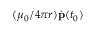
( \mu _ { 0 } / 4 \pi r ) \dot { \mathbf p } ( t _ { 0 } )